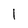
Character: l